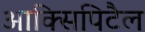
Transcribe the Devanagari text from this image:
आक्सिपिटैल